Elephants and their diseases
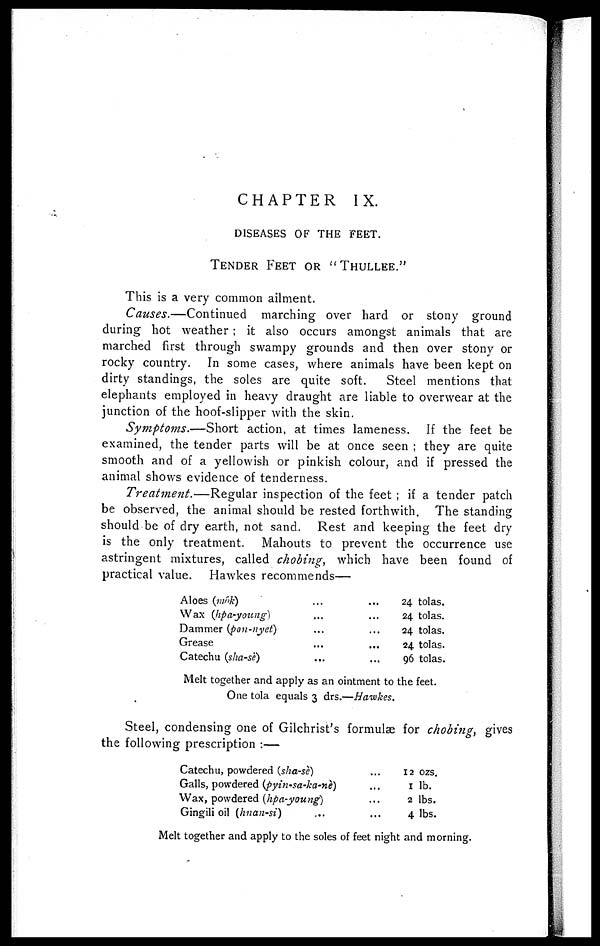
CHAPTER IX.
DISEASES OF THE FEET.
TENDER FEET OR "THULLEE."
This is a very common ailment.
Causes.—Continued
marching over hard or stony ground
during hot weather ; it also occurs amongst animals that are
marched first through swampy grounds and then over stony or
rocky country. In some cases, where animals have been kept on
dirty standings, the soles are quite soft.
Steel mentions that
elephants employed in heavy draught are liable to overwear at the
junction of the hoof-slipper with the skin.
Symptoms.—Short
action, at times lameness. If the feet be
examined, the tender parts will be at once seen ; they are quite
smooth and of a yellowish or pinkish colour, and if pressed the
animal shows evidence of tenderness.
Treatment.—Regular
inspection of the feet ; if a tender patch
be observed, the animal should be rested forthwith. The standing
should be of dry earth, not sand. Rest and keeping the feet dry
is the only treatment. Mahouts to prevent the occurrence use
astringent mixtures, called chobing, which have been found of
practical value. Hawkes recommends—
Aloes (mok) ... ...
Wax (hpa-young) ... ...
Dammer (pon-nyet) ... ...
Grease ... ...
Catechu (sha-se) ... ...
24 tolas.
24 tolas.
24 tolas.
24 tolas.
96 tolas.
Melt together and apply as an ointment to the feet.
One tola equals 3 drs.—Hawkes.
Steel, condensing one of Gilchrist's formulae for chobing, gives
the following prescription :—
Catechu, powdered (sha-se)
Galls, powdered (pyin-sa-ka-ne)
Wax, powdered (hpa-young)
Gingili oil (hnan-si) ...
12 ozs.
1 lb.
2 lbs.
4 lbs.
Melt together and apply to the soles of feet night and morning.